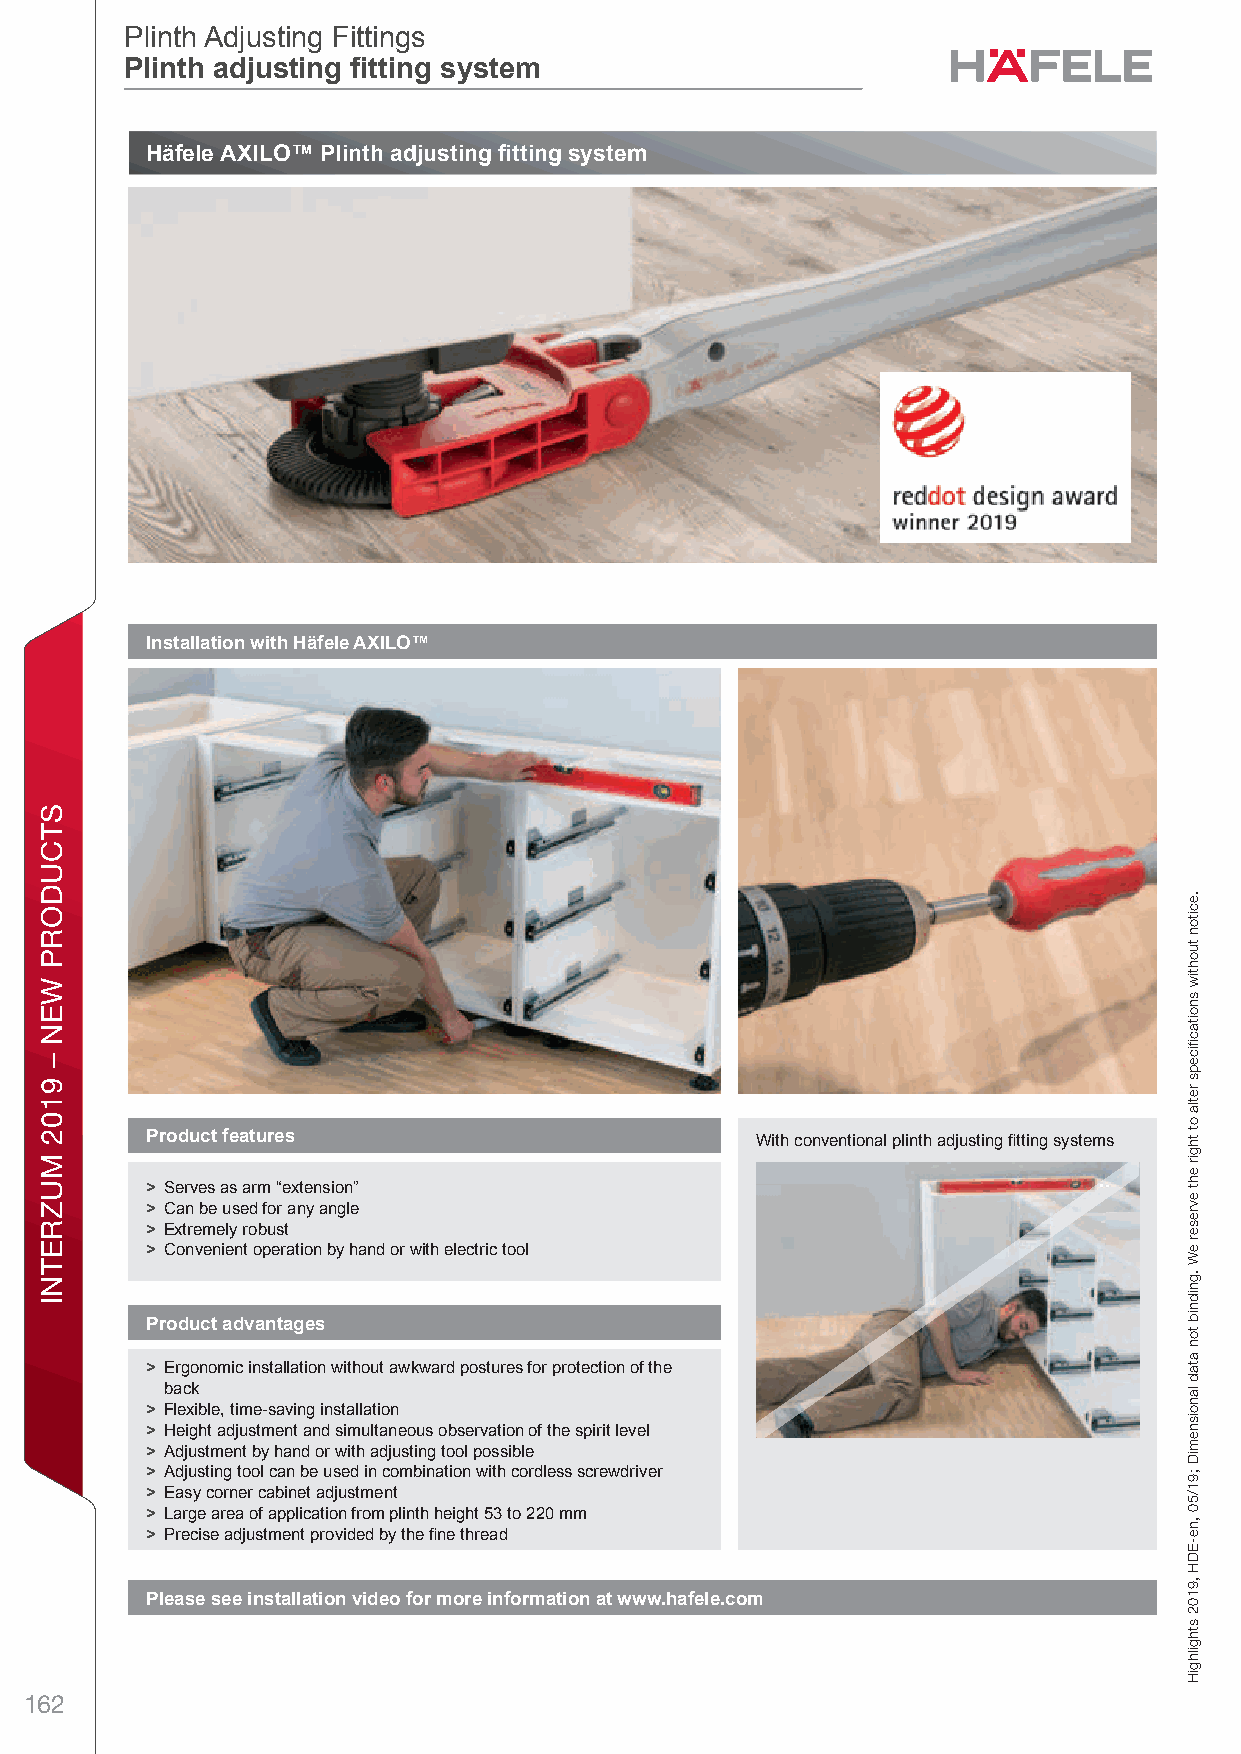
Plinth Adjusting Fittings
 Plinth adjusting itting system
 Plinth adjusting itting system
 Häfele AXILO™ Plinth adjusting itting system
 Without Häfele AXILO™             With Häfele AXILO™
 Installation with Häfele AXILO™
 Product features
 With conventional plinth adjusting itting systems
 > Serves as arm “extension”
 > Can be used for any angle
 > Extremely robust
 > Convenient operation by hand or with electric tool
 Product advantages
 11
 > Ergonomic installation without awkward postures for protection of the
 back
 > Flexible, time-saving installation
 > Height adjustment and simultaneous observation of the spirit level
 > Adjustment by hand or with adjusting tool possible
 > Adjusting tool can be used in combination with cordless screwdriver
 > Easy corner cabinet adjustment
 > Large area of application from plinth height 53 to 220 mm
 > Precise adjustment provided by the ine thread
 Please see installation video for more information at www.hafele.com
 162
 STCUDORP
 WEN
 –
 9102
 MUZRETNI
 .eciton
 tuohtiw
 snoitacfiiceps
 retla
 ot
 thgir
 eht
 evreser
 eW
 .gnidnib
 ton
 atad
 lanoisnemiD
 ;91/50
 ,ne-EDH
 ,9102
 sthgilhgiH